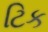
ટિક